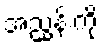
အညွှန်းကို